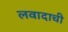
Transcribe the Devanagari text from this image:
लवादाची